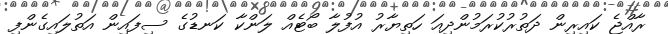
ރާއްޖެ ކައިރިން ދަތުރުކުރަމުންދިއަ ހަތިޔާރު އުފުލާ ބޯޓެއް ލަންކާ ކަނޑުގެ ސިފައިން އަތުލައިގެންފި